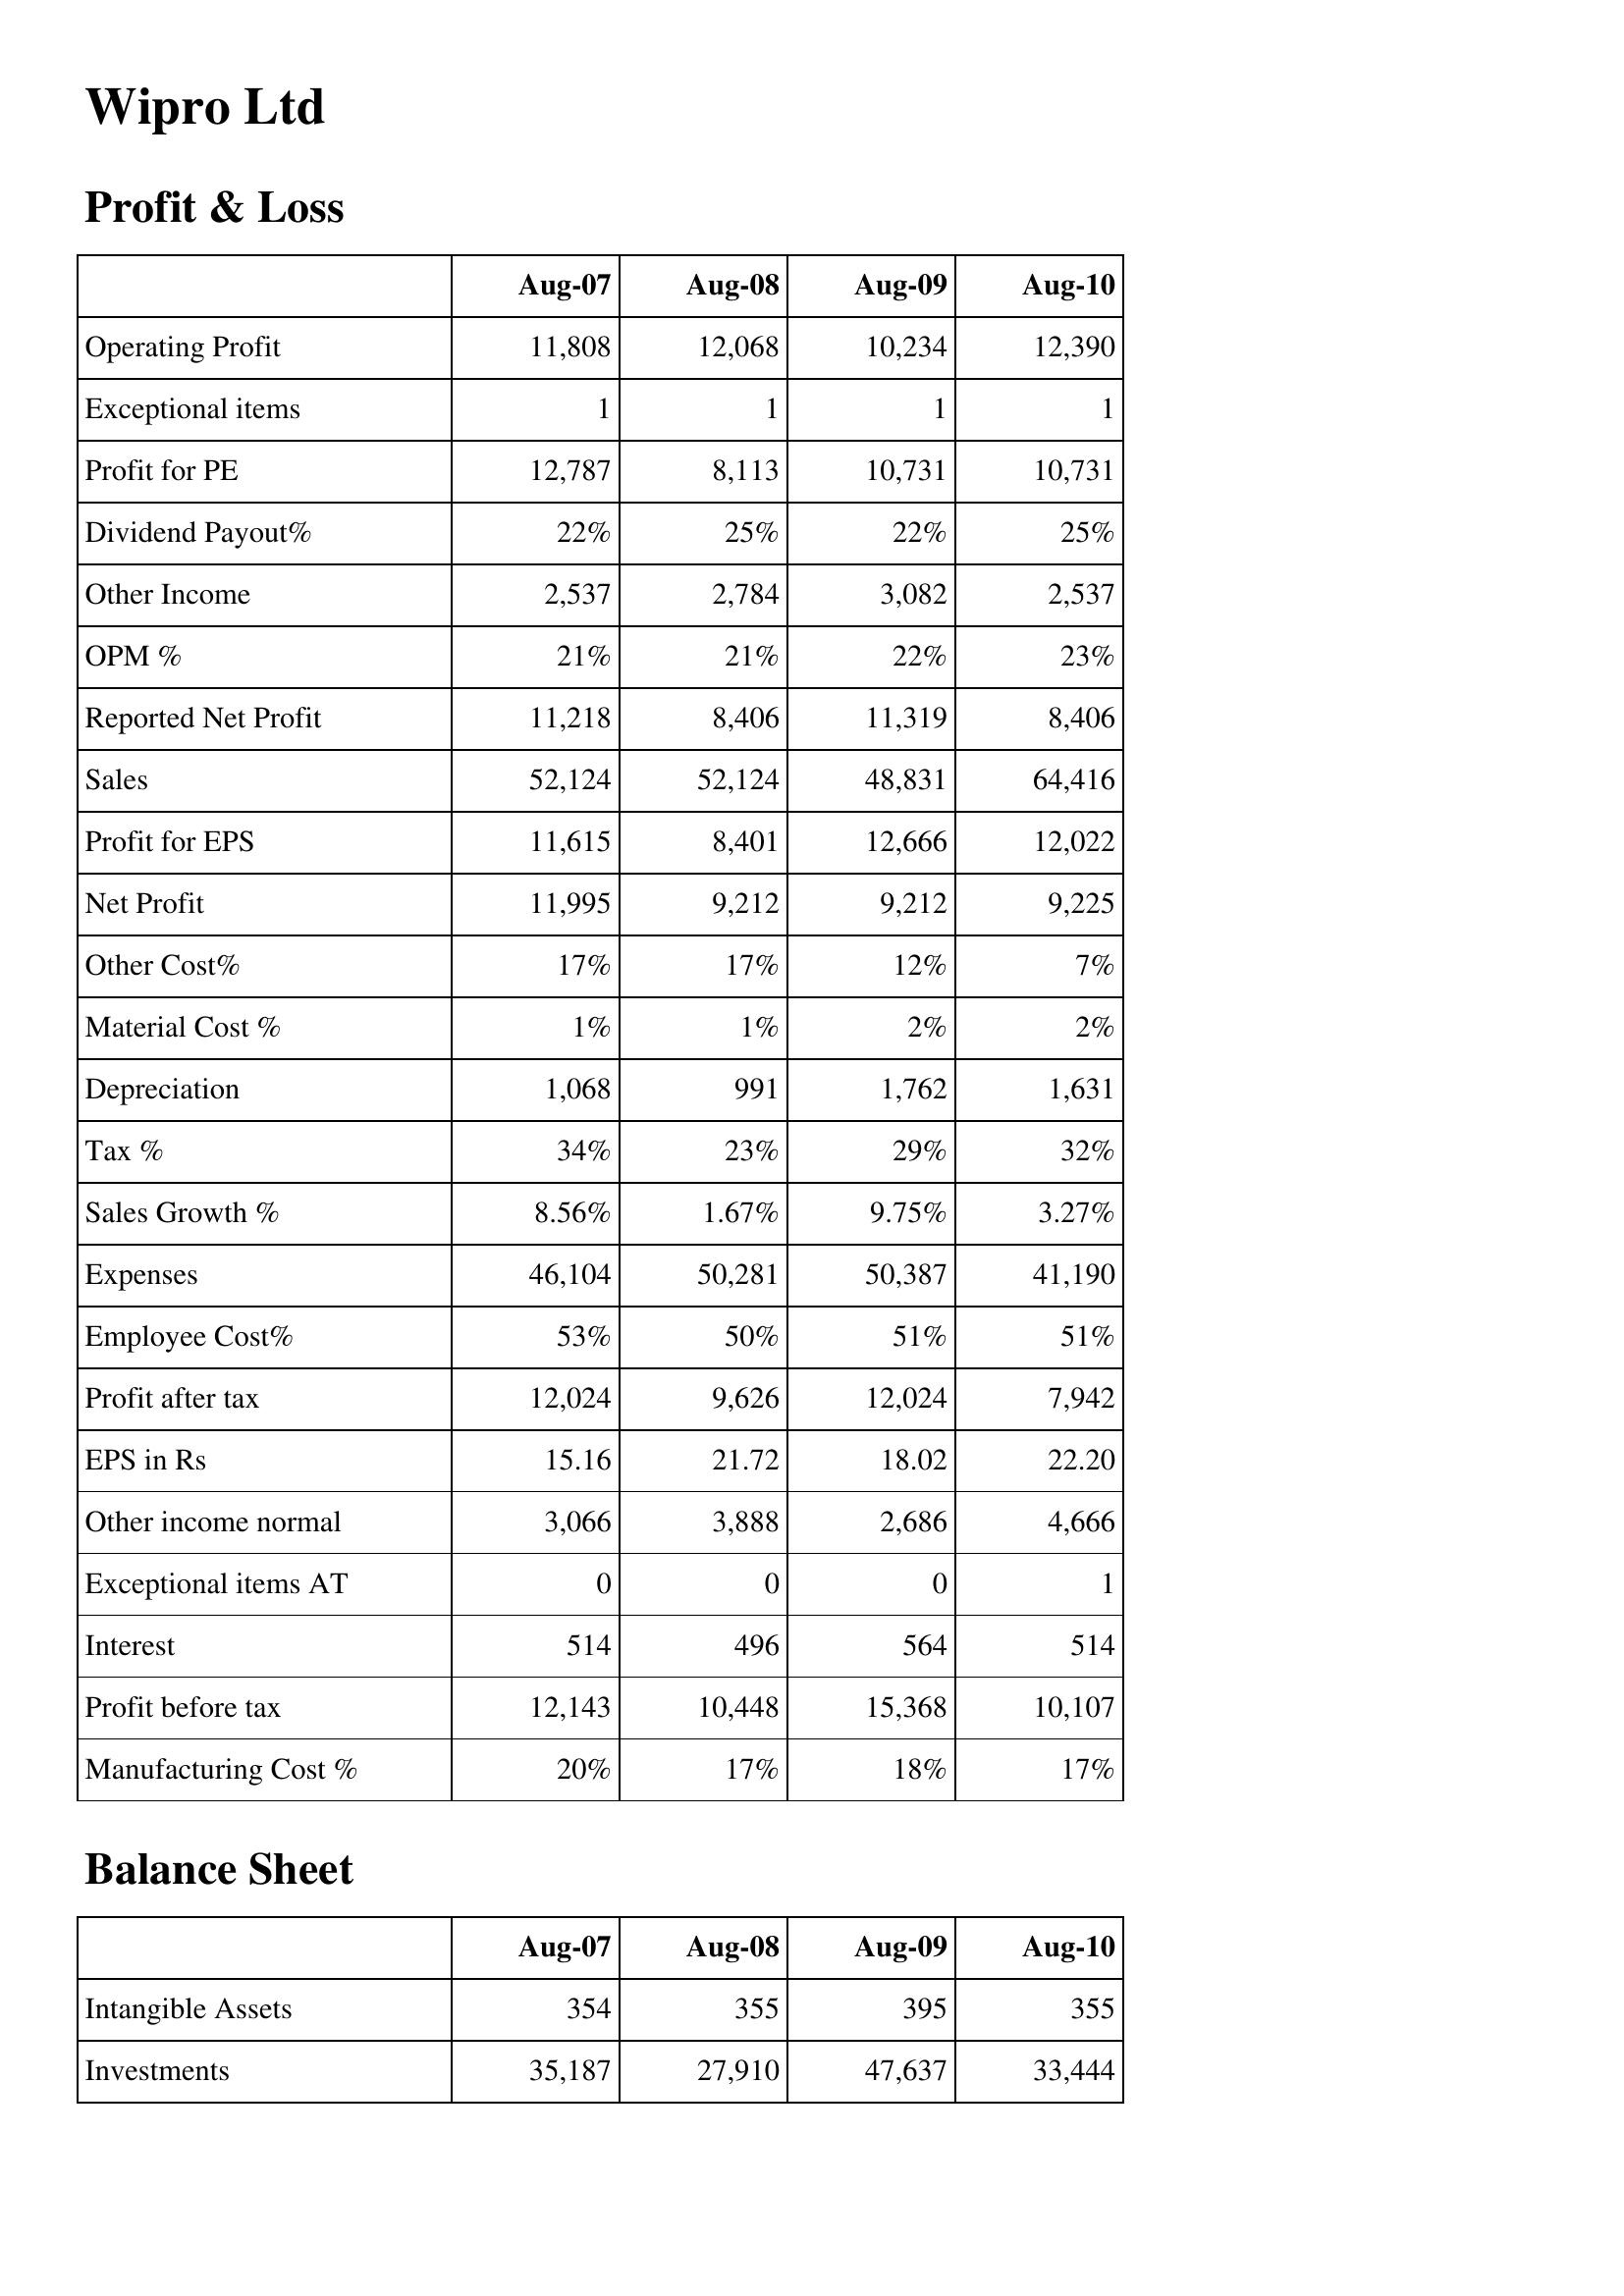
Aug-07: Profit & Loss: Operating Profit: 11,808
Exceptional items: 1
Profit for PE: 12,787
Dividend Payout%: 22%
Other Income: 2,537
OPM %: 21%
Reported Net Profit: 11,218
Sales: 52,124
Profit for EPS: 11,615
Net Profit: 11,995
Other Cost%: 17%
Material Cost %: 1%
Depreciation: 1,068
Tax %: 34%
Sales Growth %: 8.56%
Expenses: 46,104
Employee Cost%: 53%
Profit after tax: 12,024
EPS in Rs: 15.16
Other income normal: 3,066
Exceptional items AT: 0
Interest: 514
Profit before tax: 12,143
Manufacturing Cost %: 20%
Balance Sheet: Intangible Assets: 354
Investments: 35,187
Aug-08: Profit & Loss: Operating Profit: 12,068
Exceptional items: 1
Profit for PE: 8,113
Dividend Payout%: 25%
Other Income: 2,784
OPM %: 21%
Reported Net Profit: 8,406
Sales: 52,124
Profit for EPS: 8,401
Net Profit: 9,212
Other Cost%: 17%
Material Cost %: 1%
Depreciation: 991
Tax %: 23%
Sales Growth %: 1.67%
Expenses: 50,281
Employee Cost%: 50%
Profit after tax: 9,626
EPS in Rs: 21.72
Other income normal: 3,888
Exceptional items AT: 0
Interest: 496
Profit before tax: 10,448
Manufacturing Cost %: 17%
Balance Sheet: Intangible Assets: 355
Investments: 27,910
Aug-09: Profit & Loss: Operating Profit: 10,234
Exceptional items: 1
Profit for PE: 10,731
Dividend Payout%: 22%
Other Income: 3,082
OPM %: 22%
Reported Net Profit: 11,319
Sales: 48,831
Profit for EPS: 12,666
Net Profit: 9,212
Other Cost%: 12%
Material Cost %: 2%
Depreciation: 1,762
Tax %: 29%
Sales Growth %: 9.75%
Expenses: 50,387
Employee Cost%: 51%
Profit after tax: 12,024
EPS in Rs: 18.02
Other income normal: 2,686
Exceptional items AT: 0
Interest: 564
Profit before tax: 15,368
Manufacturing Cost %: 18%
Balance Sheet: Intangible Assets: 395
Investments: 47,637
Aug-10: Profit & Loss: Operating Profit: 12,390
Exceptional items: 1
Profit for PE: 10,731
Dividend Payout%: 25%
Other Income: 2,537
OPM %: 23%
Reported Net Profit: 8,406
Sales: 64,416
Profit for EPS: 12,022
Net Profit: 9,225
Other Cost%: 7%
Material Cost %: 2%
Depreciation: 1,631
Tax %: 32%
Sales Growth %: 3.27%
Expenses: 41,190
Employee Cost%: 51%
Profit after tax: 7,942
EPS in Rs: 22.20
Other income normal: 4,666
Exceptional items AT: 1
Interest: 514
Profit before tax: 10,107
Manufacturing Cost %: 17%
Balance Sheet: Intangible Assets: 355
Investments: 33,444